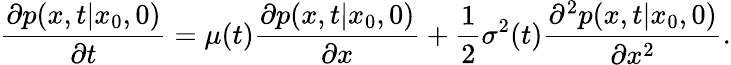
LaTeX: \frac{\partial p(x,t|x_{0},0)}{\partial t}=\mu(t)\frac{\partial p(x,t|x_{0},0)}{\partial x}+\frac{1}{2}\sigma^{2}(t)\frac{\partial^{2}p(x,t|x_{0},0)}{\partial x^{2}}.